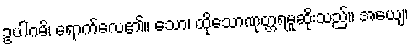
ဥပါဂမိ၊ ရောက်လေ၏။ သော၊ ထိုသောဏုတ္တရမူဆိုးသည်။ အယျေ၊